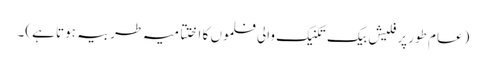
(عام طور پر فلیش بیک تکنیک والی فلموں کا اختتامیہ طربیہ ہوتا ہے)۔